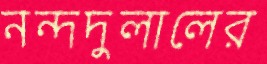
নন্দদুলালের